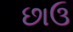
છાઉ